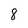
Character: 8